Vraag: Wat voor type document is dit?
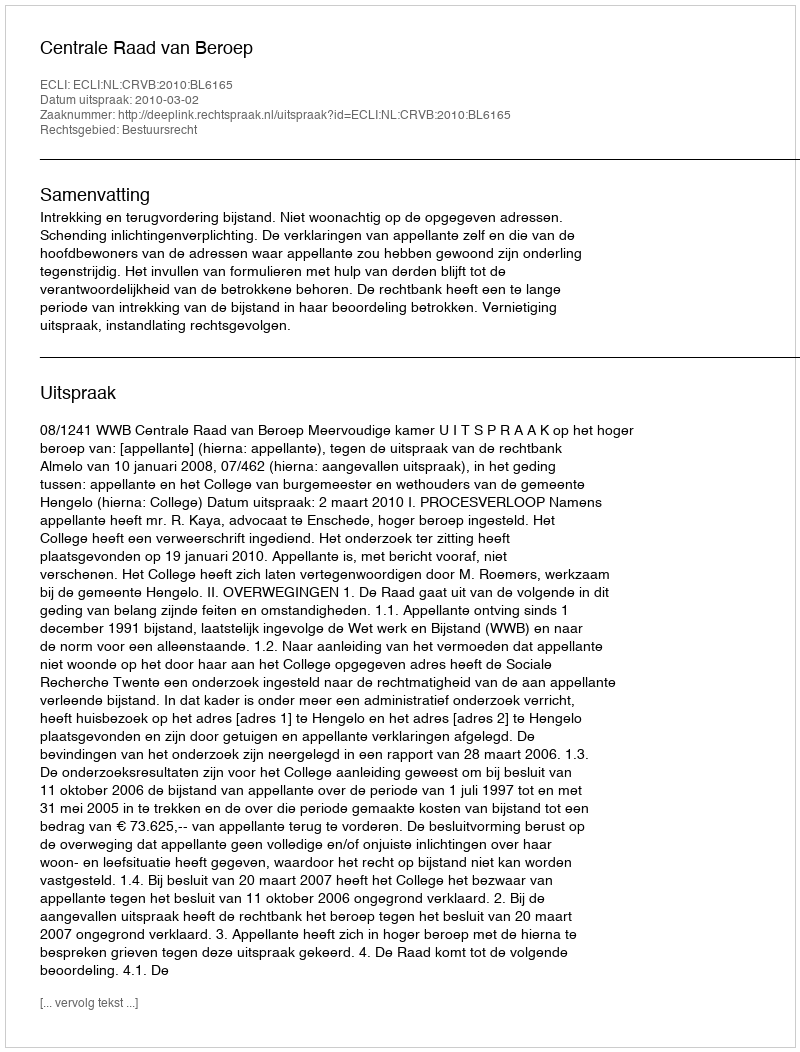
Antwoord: Uitspraak